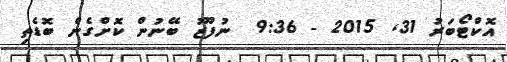
އޮކްޓޯބަރު 31